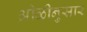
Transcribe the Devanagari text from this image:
ओळीनुसार